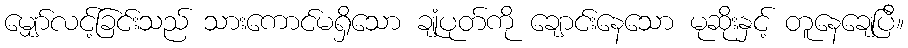
မျှော်လင့်ခြင်းသည် သားကောင်မရှိသော ချုံပုတ်ကို ချောင်းနေသော မုဆိုးနှင့် တူနေချေပြီ။